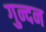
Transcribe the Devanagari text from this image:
गुन्दन